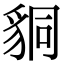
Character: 𧳆